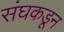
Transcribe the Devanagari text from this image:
संघकडून